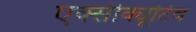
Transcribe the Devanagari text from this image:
एक्सीक्यूटिव